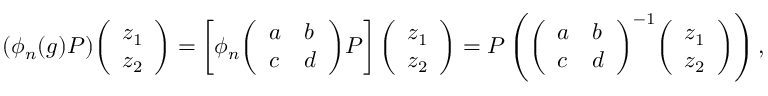
( \phi _ { n } ( g ) P ) { \left( \begin{array} { l } { z _ { 1 } } \\ { z _ { 2 } } \end{array} \right) } = \left[ \phi _ { n } { \left( \begin{array} { l l } { a } & { b } \\ { c } & { d } \end{array} \right) } P \right] { \left( \begin{array} { l } { z _ { 1 } } \\ { z _ { 2 } } \end{array} \right) } = P \left( { \left( \begin{array} { l l } { a } & { b } \\ { c } & { d } \end{array} \right) } ^ { - 1 } { \left( \begin{array} { l } { z _ { 1 } } \\ { z _ { 2 } } \end{array} \right) } \right) , \qquad P \in \mathbf { P } _ { n } ^ { 2 } .